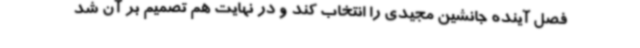
فصل آینده جانشین مجیدی را انتخاب کند و در نهایت هم تصمیم بر آن شد